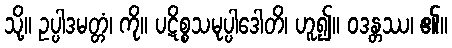
သို့။ ဥပ္ပါဒမတ္တံ၊ ကို။ ပဋိစ္စသမုပ္ပါဒေါတိ၊ ဟူ၍။ ဝဒန္တဿ၊ ၏။